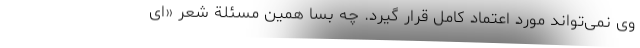
وی نمی­تواند مورد اعتماد کامل قرار گیرد. چه بسا همین مسئلة شعر «ای